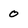
Character: 0